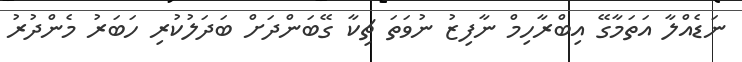
ނަޑެއްލާ އަތަމާގޭ އިބްރާހިމް ނާފިޒު ނުވަތަ ޗިކާ ގޭބަންދަށް ބަދަލުކުރި ހަބަރު މެންދުރު